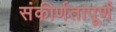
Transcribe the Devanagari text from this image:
संकीर्णतापूर्ण